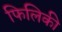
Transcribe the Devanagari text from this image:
फिलिकी